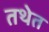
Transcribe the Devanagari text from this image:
तथेत